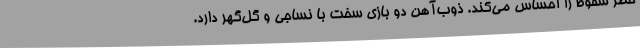
خطر سقوط را احساس می‌کند. ذوب‌آهن دو بازی سخت با نساجی و گل‌گهر دارد.